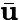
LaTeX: \bar{\mathbf u}